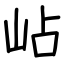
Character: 岾